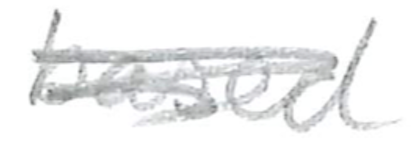
Text: based
Cross-out: mix
Writing tool: pencil